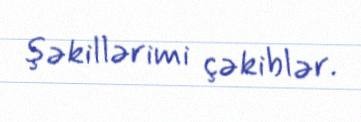
şəkillərimi çəkiblər.